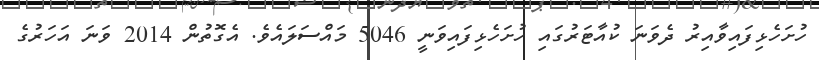
ހުށަހެޅިފައިވާއިރު ދެވަނަ ކުއާޓަރުގައި ހުށަހެޅިފައިވަނީ 5046 މައްސަލައެވެ. އެގޮތުން 2014 ވަނަ އަހަރުގެ